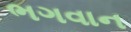
ભગવાન